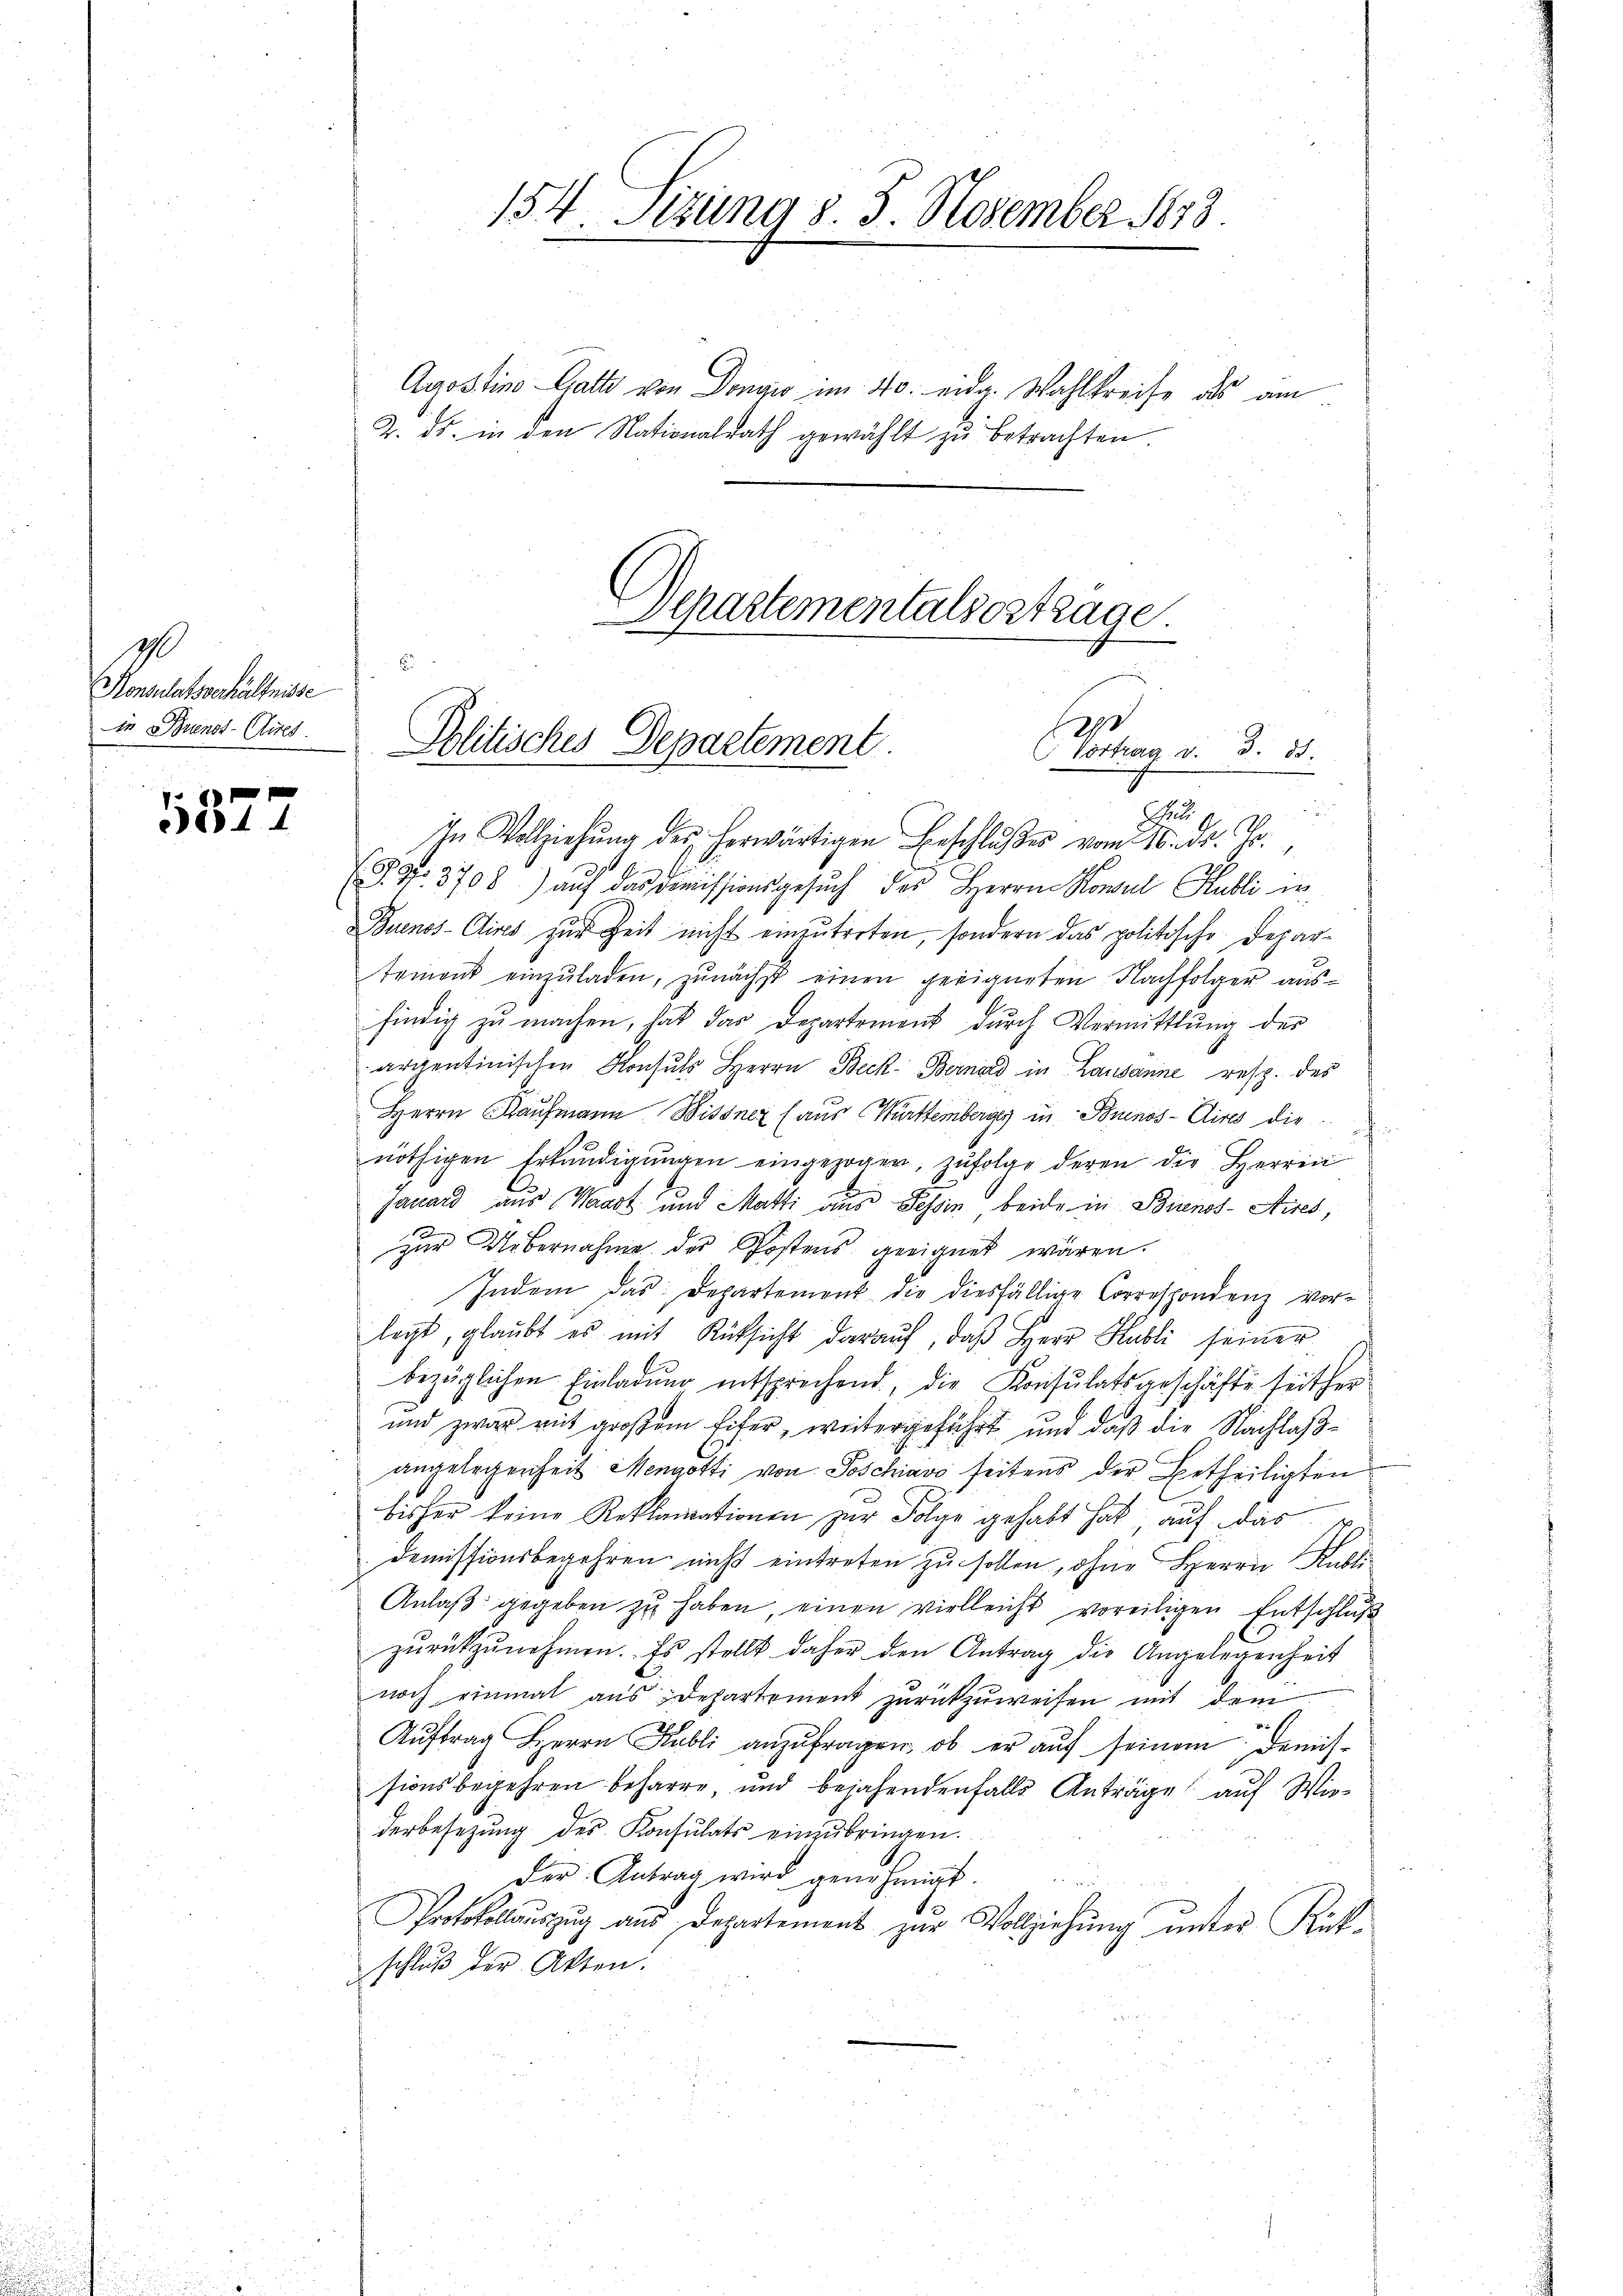
1
Konsulatsverhältnisse
In Tenos-Cires

5877

154. Sizung d. 3. November 1873.

Agostine Gatte von Donau im 40. eidg. Wahlkreise als am
2. ds. in den Nationalrath gewählt zu betrachten

Separtementalsosträge.
E
p
Politisches Departement
 Vortrag v. 3. ds.

d
Cha
In Vollziehŭng des herwärtigen Beschlŭβes vom 16. d. Js.,
(S. 97. 3708) auf das Dimissionsgesŭch des Herrn Konsul Hubli in
Buenos-Cires zur Zeit nicht einzutreten, sondern das politische Departemont einzŭladen, zunächst einen geeigneten Nachfolger ausfindig zu machen, hat das Departement durch Vermittlung der
arventinischen Konsuls Herrn Beck Bernad in Lausanne resp. des
Herrn Kaufmann Bissner (aus Württemberger in Buenos-Aires die
nöthigen Erkundigŭngen eingezogen, zŭfolge deren die Herren
Jauard aus Waadt und Matti aus Tessin, beide in Stirnos-Aires,
zur Übernahme der Postens geeignet wären.
Indem das Departement die diesfällige Correspondenz vorlegt, glaubt es mit Rücksicht darauf, daß Herr Habli seiner
bezüglichen Einladung entsprechend, die Konsulatsgeschäfte seither
und zwar mit großem Eifer, weitergeführt und daß die Nachlaßangelegenheit Mengotti von Poschiavo seitens der Ertheiligten
bisher keine Reklamationen zur Folge gehabt hat auf das
demissionsbegehren nicht eintreten zu sollen, ohne Herrn Kubli¬
Anlaß gegeben zu haben, einen vielleicht voreiligen Entschluß
zŭrückzŭnehmen. Es stellt daher den Antrag die Angelegenheit
noch einmal aus Departement zurückzuweisen mit dem
Aŭftrag Herrn Publi anzŭfragen, ob er aŭf seinem Demis-
sionsbegehren beharre und bejahendenfalls Anträge auf Wiederbesetzung des Konsulats einzŭbringen.
der Antrag wird genehmigt.
Protokollauszug aus Departement zur Vollziehung unter Rück-
schlŭβ der Akten.